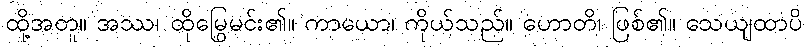
ထို့အတူ။ အဿ၊ ထိုမြွေမင်း၏။ ကာယော၊ ကိုယ်သည်။ ဟောတိ၊ ဖြစ်၏။ သေယျထာပိ